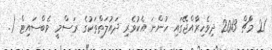
21 މާޗް 2013 ދިވެހިރާއްޖޭގައި ހުންނަ އެކުވެރި ދައުލަތްތަކުގެ ރަސްމީ ވެބްސައިޓް (.